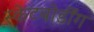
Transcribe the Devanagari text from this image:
स्केटबोर्डींग